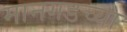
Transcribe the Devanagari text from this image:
मानगडच्या